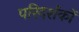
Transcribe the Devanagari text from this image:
परिदर्शकों